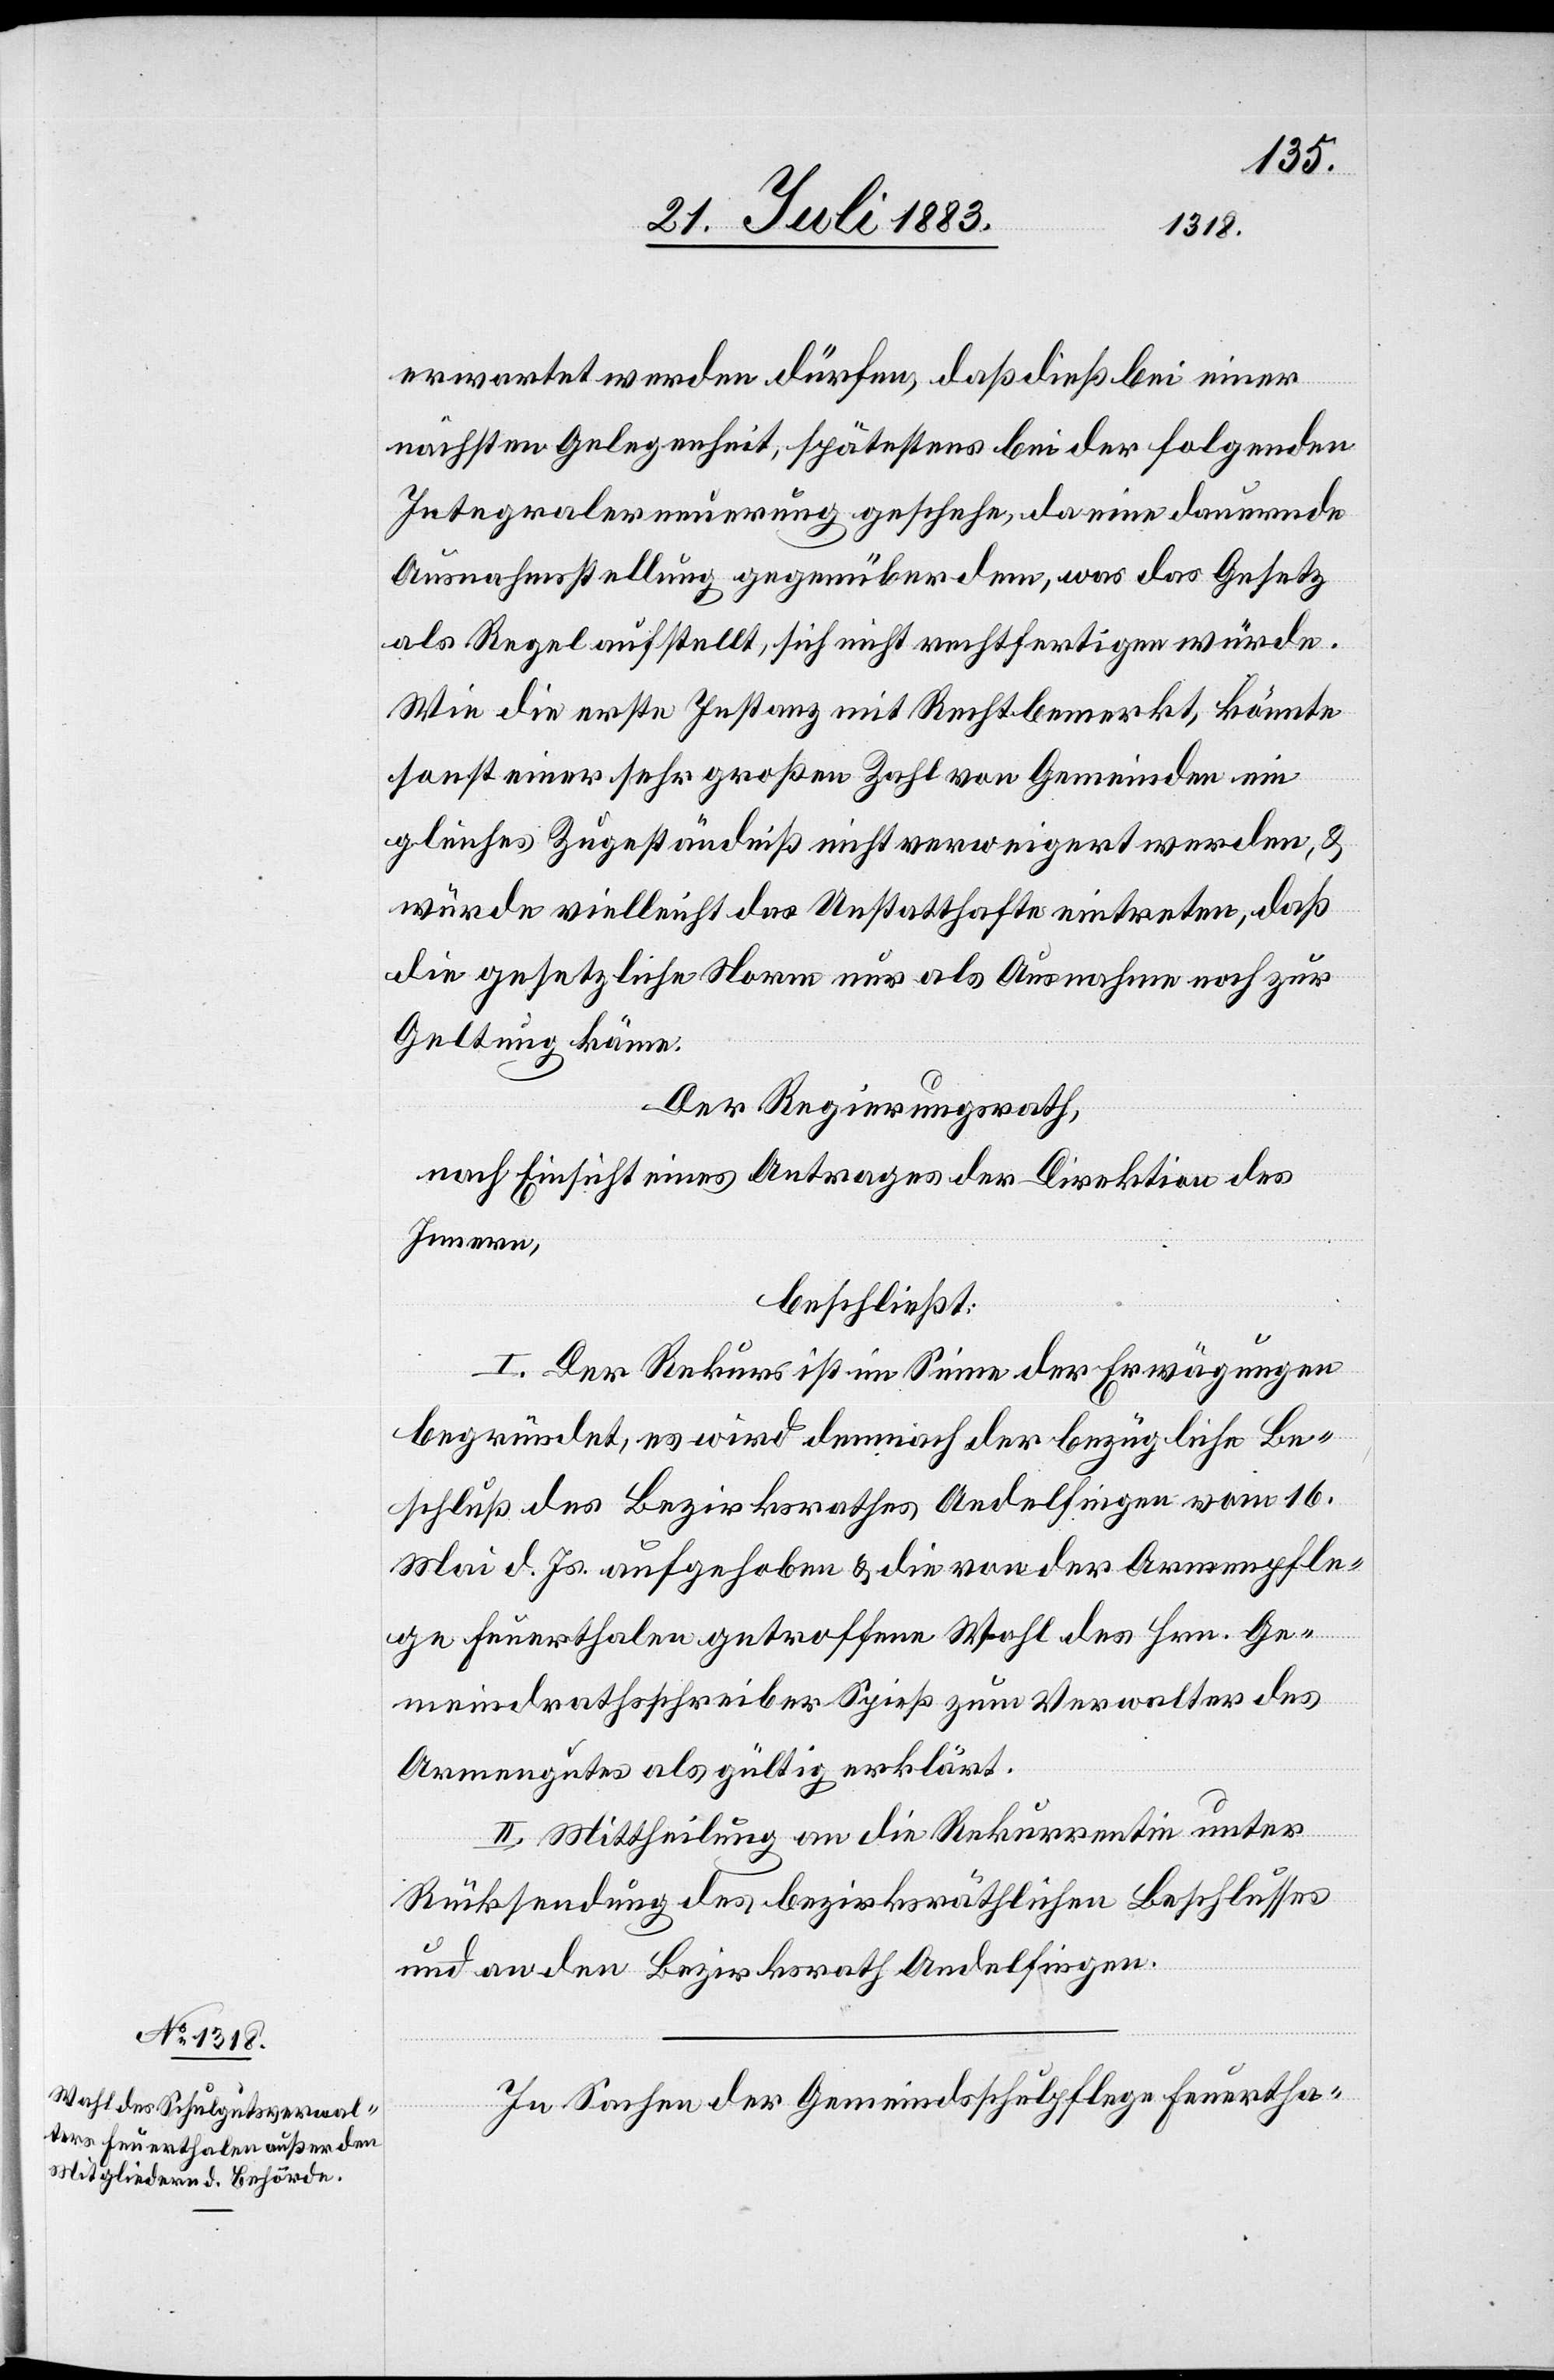
erwartet werden dürfen, daß dieß bei einer
nächsten Gelegenheit, spätestens bei der folgenden
Integralerneuerung geschehen, da eine dauernde
Ausnahmsstellung gegenüber dem, was das Gesetz
als Regel aufstellt, sich nicht rechtfertigen würde.
Wie die erste Instanz mit Recht bemerkt, könnte
sonst einer sehr großen Zahl von Gemeinden ein
gleiches Zugeständniß nicht verweigert werden, &
würde vielleicht das Unstatthafte eintreten, daß
die gesetzliche Norm nur als Ausnahme noch zur
Geltung käme.
Der Regierungsrath,
nach Einsicht eines Antrages der Direktion des
Innern,
beschließt:
I. Der Rekurs ist im Sinne der Erwägungen
begründet, es wird demnach der bezügliche Be¬
schluß des Bezirksrathes Andelfingen vom 16.
Mai d. Js. aufgehoben & die von der Armenpfle¬
ge Feuerthalen getroffene Wahl des Hrn. Ge¬
meindrathsschreiber Spieß zum Verwalter des
Armengutes als gültig erklärt.
II. Mittheilung an die Rekurrentin unter
Rücksendung des bezirksräthlichen Beschlußes
und an den Bezirksrath Andelfingen.
In Sachen der Gemeindsschulpflege Feuertha-